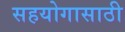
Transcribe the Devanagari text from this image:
सहयोगासाठी